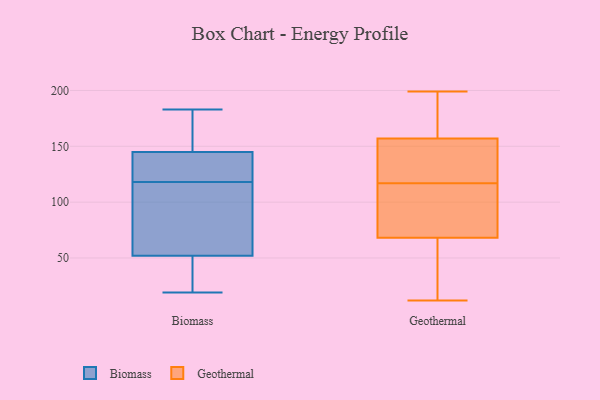
{"axis": {"x": "Website Visitors", "y": "Value"}, "legend": ["Biomass", "Geothermal"], "data": [{"x": "", "y": 183, "type": "Biomass"}, {"x": "", "y": 147, "type": "Biomass"}, {"x": "", "y": 19, "type": "Biomass"}, {"x": "", "y": 110, "type": "Biomass"}, {"x": "", "y": 175, "type": "Biomass"}, {"x": "", "y": 126, "type": "Biomass"}, {"x": "", "y": 143, "type": "Biomass"}, {"x": "", "y": 142, "type": "Biomass"}, {"x": "", "y": 40, "type": "Biomass"}, {"x": "", "y": 34, "type": "Biomass"}, {"x": "", "y": 64, "type": "Biomass"}, {"x": "", "y": 80, "type": "Biomass"}, {"x": "", "y": 199, "type": "Geothermal"}, {"x": "", "y": 98, "type": "Geothermal"}, {"x": "", "y": 118, "type": "Geothermal"}, {"x": "", "y": 164, "type": "Geothermal"}, {"x": "", "y": 146, "type": "Geothermal"}, {"x": "", "y": 51, "type": "Geothermal"}, {"x": "", "y": 180, "type": "Geothermal"}, {"x": "", "y": 117, "type": "Geothermal"}, {"x": "", "y": 12, "type": "Geothermal"}, {"x": "", "y": 67, "type": "Geothermal"}, {"x": "", "y": 71, "type": "Geothermal"}, {"x": "", "y": 16, "type": "Geothermal"}, {"x": "", "y": 159, "type": "Geothermal"}, {"x": "", "y": 76, "type": "Geothermal"}, {"x": "", "y": 151, "type": "Geothermal"}]}